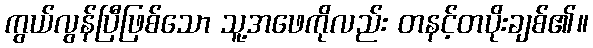
ကွယ်လွန်ပြီဖြစ်သော သူ့အဖေကိုလည်း တနင့်တပိုးချစ်၏။